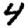
Digit: 4